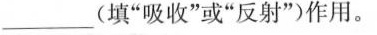
___(填”吸收”或”反射”)作用。